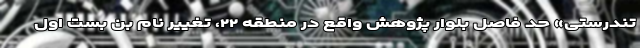
تندرستی» حد فاصل بلوار پژوهش واقع در منطقه ۲۲، تغییر نام بن بست اول